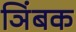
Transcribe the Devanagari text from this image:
ञिंबक